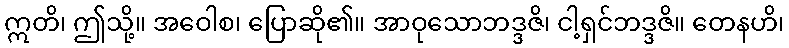
ဣတိ၊ ဤသို့။ အဝေါစ၊ ပြောဆို၏။ အာဝုသောဘဒ္ဒဇိ၊ ငါ့ရှင်ဘဒ္ဒဇိ။ တေနဟိ၊